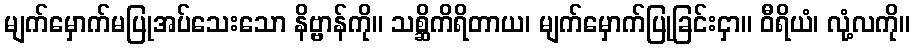
မျက်မှောက်မပြုအပ်သေးသော နိဗ္ဗာန်ကို။ သစ္ဆိကိရိတာယ၊ မျက်မှောက်ပြုခြင်းငှာ။ ဝီရိယံ၊ လုံ့လကို။